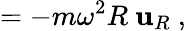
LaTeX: =-m\omega^{2}R\ \mathbf{u}_{R}\ ,